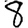
Digit: 8